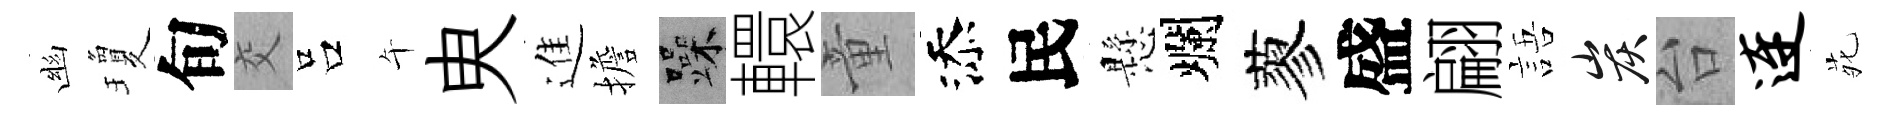
幽瓊旬交吕午㬰進擔躁轘童添民懸爛蓼盛翩語炭台连𫟍